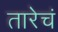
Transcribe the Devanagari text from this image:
तारेचं